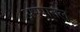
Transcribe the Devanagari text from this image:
अस्पातल